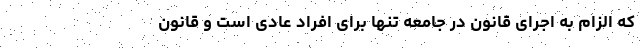
که الزام به اجرای قانون در جامعه تنها برای افراد عادی است و قانون